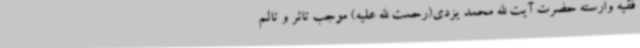
فقیه وارسته حضرت آیت الله محمد یزدی(رحمت الله علیه) موجب تاثر و تالم